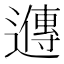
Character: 𬩘